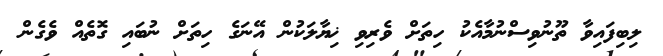
ލިބިފައިވާ ތޫނުވިސްނުމާއެކު ހިތަށް ވެރިވި ޚިޔާލަކުން އޭނަގެ ހިތަށް ނުބައި ގޮތެއް ވެގެން